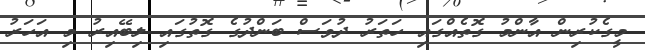
މީގެކުރިން އާންމު ގޮތެއްގައި ހަތަރު ދުވަސް ބަންދުގެ ގޮތުގައި ލިބޭއިރު މި އަހަރު